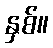
နှစ်။